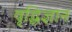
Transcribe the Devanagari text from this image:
वृद्धिज्ञान